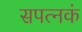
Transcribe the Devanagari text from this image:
सपत्नकं